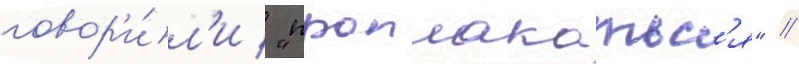
говор'и́л'и / "проплакатьс'я" //